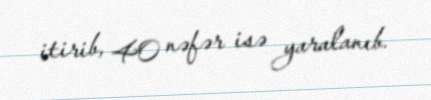
itirib, 40 nəfər isə yaralanıb.